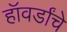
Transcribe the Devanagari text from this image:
हॉवर्डांचे